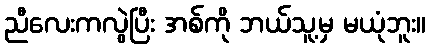
ညီလေးကလွဲပြီး အစ်ကို ဘယ်သူ့မှ မယုံဘူး။